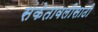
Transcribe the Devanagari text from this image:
संकेतावलीसाठी